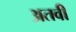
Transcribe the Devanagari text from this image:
अतवी